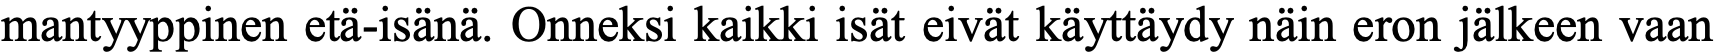
mantyyppinen etä-isänä. Onneksi kaikki isät eivät käyttäydy näin eron jälkeen vaan